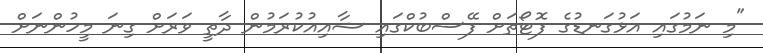
"މި ނަމުގައި އަޅުގަނޑުގެ ފޮޓޯތަށް ފޭސްބުކްގައި ޝާއިއުކުރަމުން ދާތީ ވަރަށް ގިނަ މީހުންނަށް